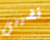
قضيبى